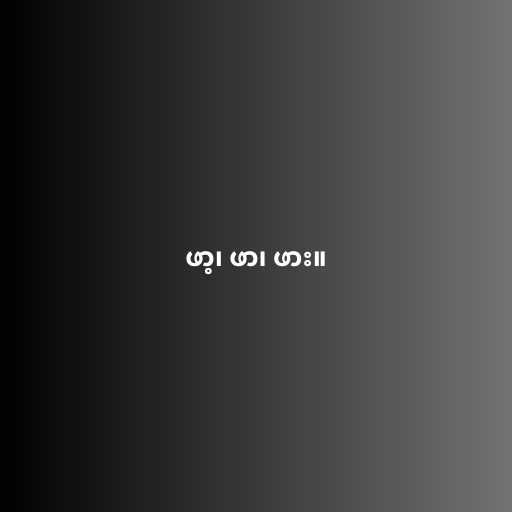
ဖာ့၊ ဖာ၊ ဖား။